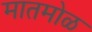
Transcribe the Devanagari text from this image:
मातमोळ